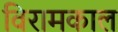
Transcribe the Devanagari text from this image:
विरामकाल